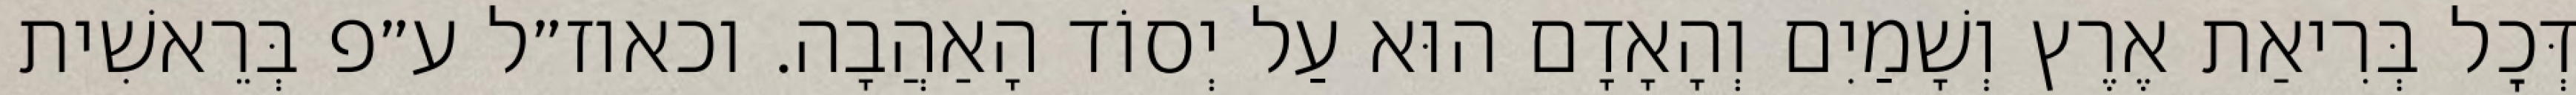
דְּכׇל בְּרִיאַת אֶרֶץ וְשָׁמַיִם וְהָאָדָם הוּא עַל יְסוֹד הָאַהֲבָה. וכאוז״ל ע״פ בְּרֵאשִׁית